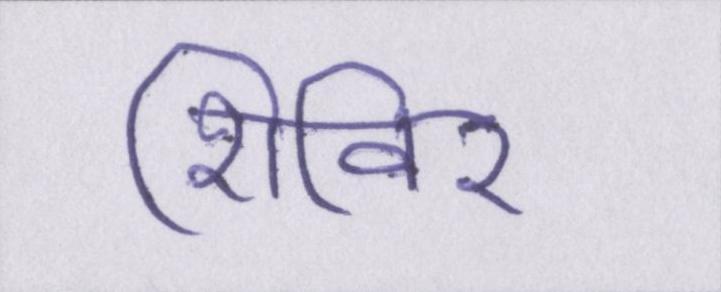
शिविर